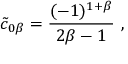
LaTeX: { \tilde { c } } _ { 0 \beta } = { \frac { ( - 1 ) ^ { 1 + \beta } } { 2 \beta - 1 } } \ ,